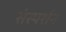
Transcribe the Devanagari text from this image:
संस्पर्शन